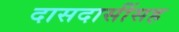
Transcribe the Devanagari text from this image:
दासदासींसह